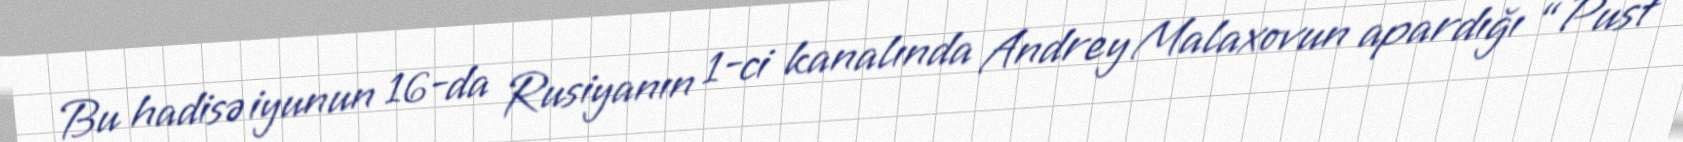
Bu hadisə iyunun 16-da Rusiyanın 1-ci kanalında Andrey Malaxovun apardığı “Pust